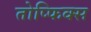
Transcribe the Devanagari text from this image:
तोप्फिक्स